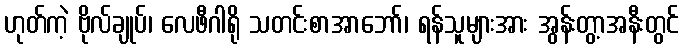
ဟုတ်ကဲ့ ဗိုလ်ချုပ်၊ လေဖီဂါရို သတင်းစာအာဘော်၊ ရန်သူများအား အွန်းတွာ့အနီးတွင်